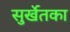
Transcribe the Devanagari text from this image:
सुर्खेतका